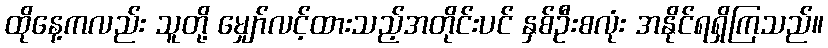
ထိုနေ့ကလည်း သူတို့ မျှော်လင့်ထားသည့်အတိုင်းပင် နှစ်ဦးစလုံး အနိုင်ရရှိကြသည်။